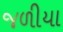
જળીયા